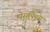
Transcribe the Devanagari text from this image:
थेसपियंस